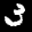
Label: 3